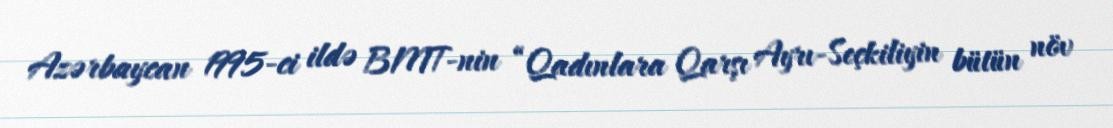
Azərbaycan 1995-ci ildə BMT-nin “Qadınlara Qarşı Ayrı-Seçkiliyin bütün növ